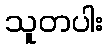
သူတပါး